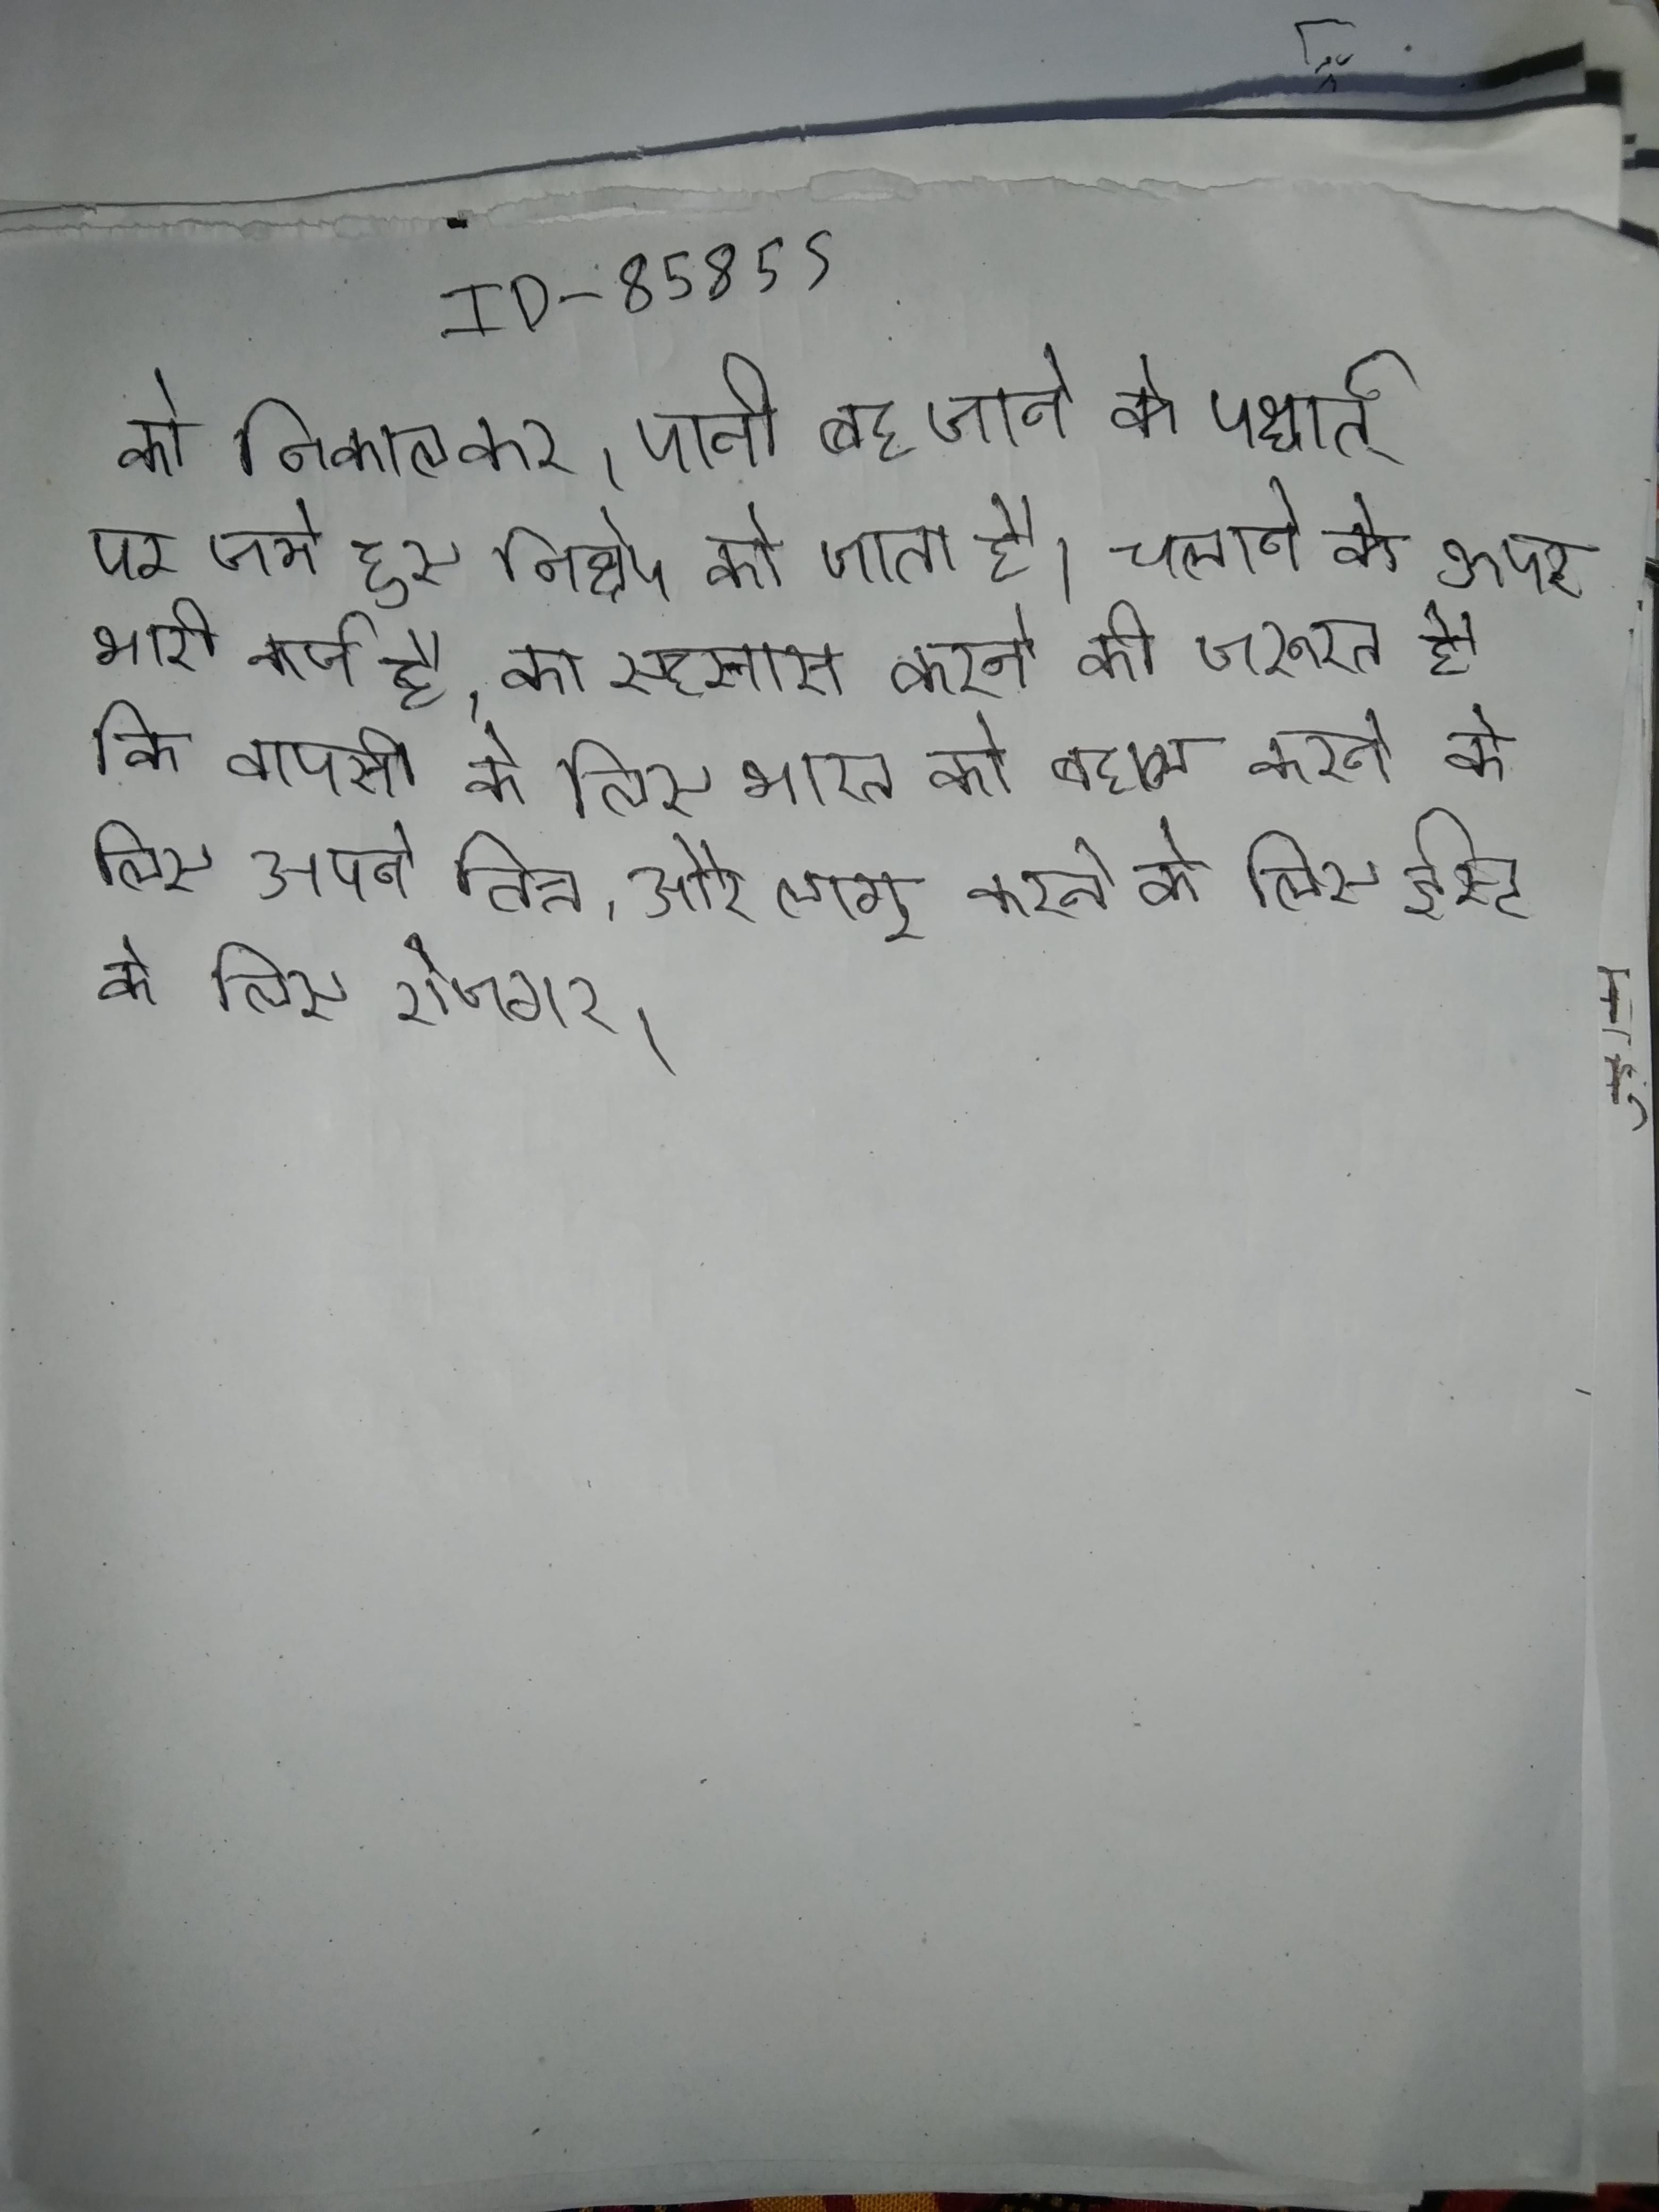
को निकालकर, पानी बह जाने के पश्चात्, उसके दानेदार पार्श्व पर जमे हुए निक्षेप को जाता है । चलाने के ऊपर भारी कर्ज है, का एहसास करने की जरूरत है कि वापसी के लिए भारत को बहाल करने के लिए, अपने वित्त, और लागू करने के लिए ईस्ट के लिए रोजगार .